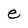
Character: e